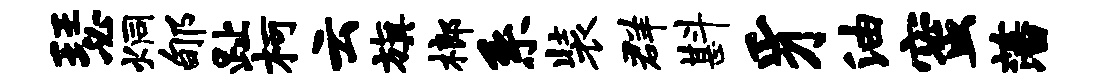
瑟炯郇趾柯云旗榔系装群斟豸油蜜藩